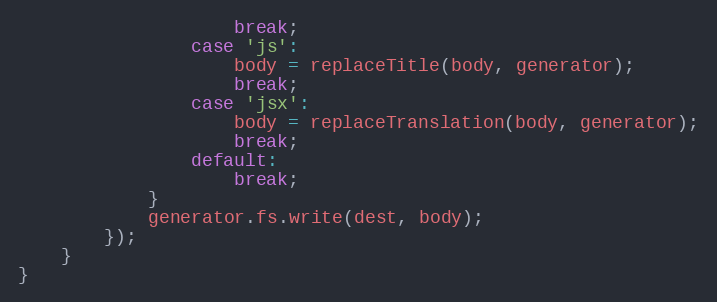
Language: JavaScript
                    break;
                case 'js':
                    body = replaceTitle(body, generator);
                    break;
                case 'jsx':
                    body = replaceTranslation(body, generator);
                    break;
                default:
                    break;
            }
            generator.fs.write(dest, body);
        });
    }
}